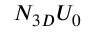
N _ { 3 D } U _ { 0 }